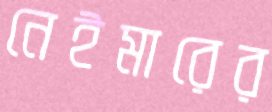
নেইমারের